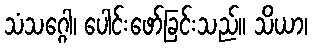
သံသဂ္ဂေါ၊ ပေါင်းဖော်ခြင်းသည်။ သိယာ၊